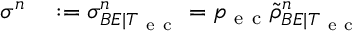
\begin{array} { r l } { \sigma ^ { n } } & { { } : = \sigma _ { B E | T _ { \mathrm { ~ e ~ c ~ } } } ^ { n } = p _ { \mathrm { ~ e ~ c ~ } } \tilde { \rho } _ { B E | T _ { \mathrm { ~ e ~ c ~ } } } ^ { n } } \end{array}